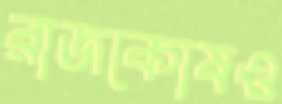
রাজকোষও